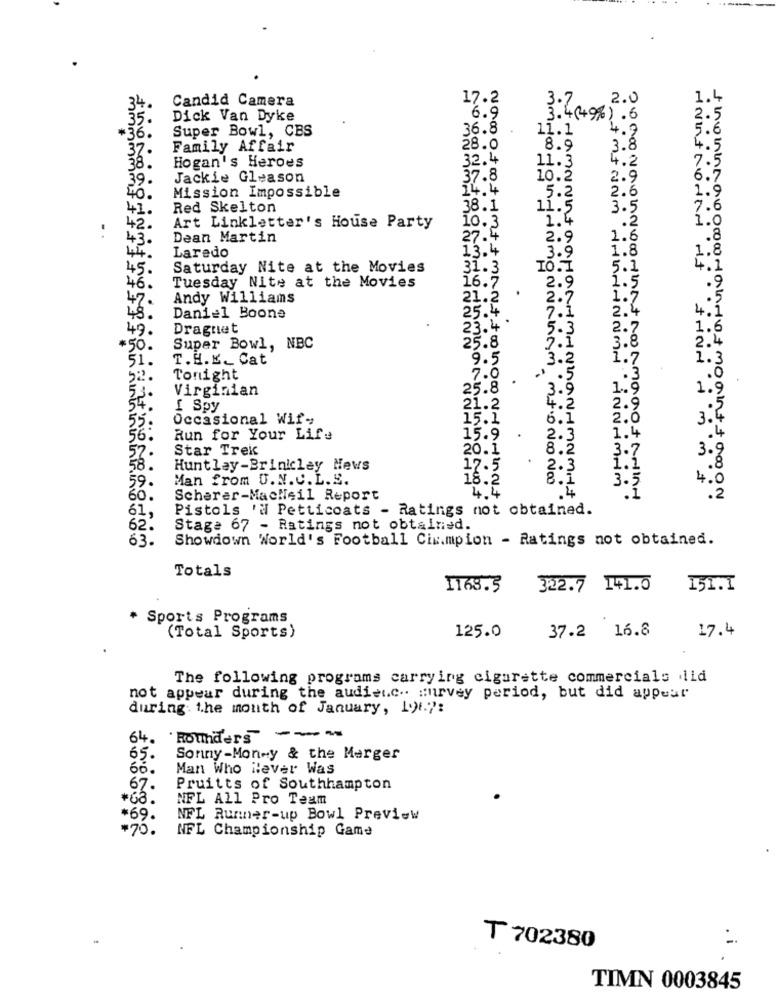
Candid Camera
17.2
2.0
1.4
2.5
Dick Van Dyke
6.9
3.4(+%) .6
Super Bowl, CBS
36.8
11.1
4.9
5.6
36.
37
Family Affair
28.0
8.9
3.8
4.5
Hogan's Heroes
32.4
11.3
4.2
7.5
38.
39.
Jackie Gleason
37.8
10.2
2.9
6.5
Mission Impossible
14.4
1.9
40.
5.2
2.6
41.
Red Skelton
38.1
11.5
3.5
7.6
10.3
1.4
42.
Art Linkletter's House Party
.2
1.0
43.
Dean Martin
27.4
2.9
1.6
.8
13.4
1.8
1.8
44.
Laredo
3.9
45.
Saturday Nite at the Movies
31.3
10.1
5.1
4.1
16.7
1.5
46.
Tuesday Nite at the Movies
2.9
.9
47.
Andy Williams
21.2
2.7
1.7
25.4
4.3
49.
Daniel Boone
7.1
2.4
49
Dragnet
23.4 '
5.3
2.7
1.6
2.1
3.8
2.4
$50
Super Bowl, NBC
25.8
51
T.H.K_ Cat
9.5
3.2
1.7
1.3
Tonight
7.0
.
.0
Virginian
25.8
1.9
3.9
[ Spy
21.2
4.2
2.9
Occasional Wif-
15.1
6.1
2.0
3.4
55
56.
Run for Your Life
15.9
2.3
1.4
52
Star Trek
20.1
8.2
3.7
3.9
.
1.1
58.
Huntley-Brinicley News
17.5
2.3
.8
Man from U.N.C.L. E.
18.2
8.1
3.5
4.0
59.
60
Scherer-MacNeil Report
4.4
.2
Pistols 'il Petticoats - Ratings not obtained.
61
62
Stage 67 - Ratings not obtained.
63.
Showdown World's Football Cimmpion - Ratings not obtained.
Totals
1163.5
322.7 141.0
151.1
* Sports Programs
125.0
37.2 16.8
17.4
(Total Sports)
The following programs carrying cigarette commercials lid
not appear during the audienc .. Hurvey period, but did appear
during the mouth of January, 1.91.":
64. Rounders ---
65.
Sonny-Mon-y & the Merger
66.
Man Who Never Was
67.
Pruitts of Southhampton
#68.
NFL All Pro Team
*69.
NFL Runner-up Bowl Preview
*70.
NFL Championship Game
₸ 702380
TIMN 0003845